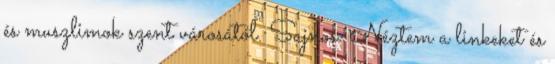
és muszlimok szent városától. Sajnos. Néztem a linkeket és